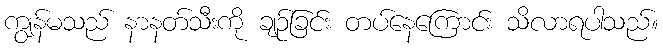
ကျွန်မသည် နာနတ်သီးကို ချဉ်ခြင်း တပ်နေကြောင်း သိလာရပါသည်။